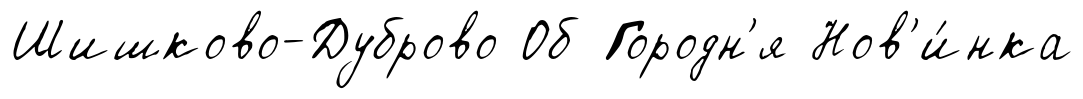
Шишково-Дуброво Об Городн'я Нов'и́нка